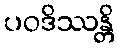
ပဝဒိဿန္တိ